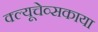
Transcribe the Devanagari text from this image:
क्ल्यूचेव्सकाया